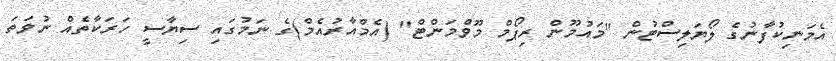
އެމަނިކުފާނުގެ ލޯޔަލިސްޓުން "މައުމޫން ރިޕޯމް މޫވްމަންޓް" (އެމްއާރުއެމް)ގެ ނަމުގައި ސިޔާސީ ހަރަކާތެއް ނުވަތަ